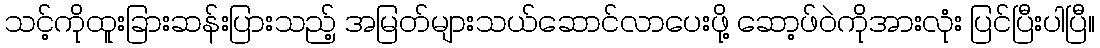
သင့်ကိုထူးခြားဆန်းပြားသည့် အမြတ်များသယ်ဆောင်လာပေးဖို့ ဆော့ဖ်ဝဲကိုအားလုံး ပြင်ပြီးပါပြီ။